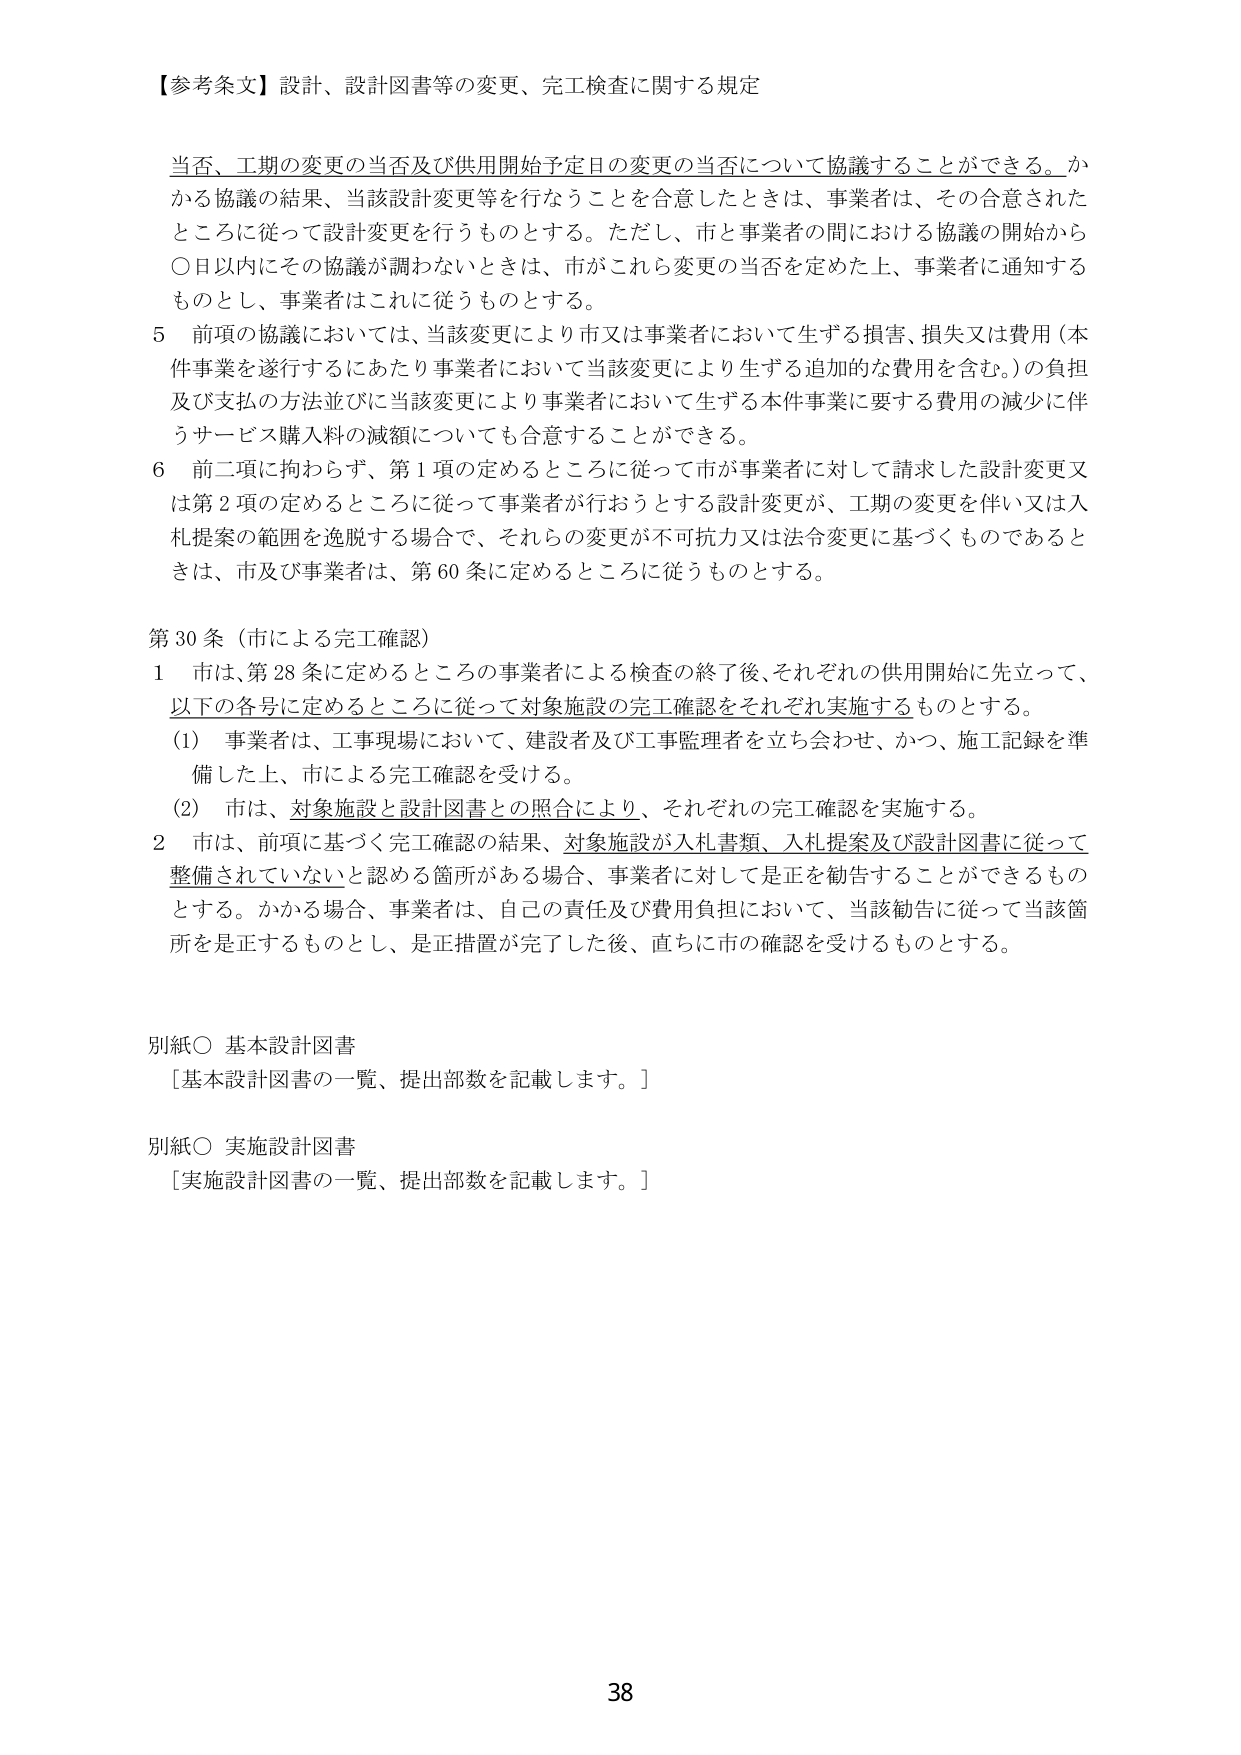
【参考条文】設計、設計図書等の変更、完工検査に関する規定

当否、工期の変更の当否及び供用開始予定日の変更の当否について協議することができる。かかる協議の結果、当該設計変更等を行なうことを合意したときは、事業者は、その合意されたところに従って設計変更を行うものとする。ただし、市と事業者の間における協議の開始から〇日以内にその協議が調わないときは、市がこれら変更の当否を定めた上、事業者に通知するものとし、事業者はこれに従うものとする。

5 前項の協議においては、当該変更により市又は事業者において生ずる損害、損失又は費用（本件事業を遂行するにあたり事業者において当該変更により生ずる追加的な費用を含む。）の負担及び支払の方法並びに当該変更により事業者において生ずる本件事業に要する費用の減少に伴うサービス購入料の減額についても合意することができる。

6 前二項に拘わらず、第1項の定めるところに従って市が事業者に対して請求した設計変更又は第2項の定めるところに従って事業者が行おうとする設計変更が、工期の変更を伴い又は入札提案の範囲を逸脱する場合で、それらの変更が不可抗力又は法令変更に基づくものであるときは、市及び事業者は、第60条に定めるところに従うものとする。

第30条（市による完工確認）

1 市は、第28条に定めるところの事業者による検査の終了後、それぞれの供用開始に先立って、以下の各号に定めるところに従って対象施設の完工確認をそれぞれ実施するものとする。

（1）事業者は、工事現場において、建設者及び工事監理者を立ち会わせ、かつ、施工記録を準備した上、市による完工確認を受ける。

（2）市は、対象施設と設計図書との照合により、それぞれの完工確認を実施する。

2 市は、前項に基づく完工確認の結果、対象施設が入札書類、入札提案及び設計図書に従って整備されていないと認める箇所がある場合、事業者に対して是正を勧告することができるものとする。かかる場合、事業者は、自己の責任及び費用負担において、当該勧告に従って当該箇所を是正するものとし、是正措置が完了した後、直ちに市の確認を受けるものとする。

別紙○ 基本設計図書
［基本設計図書の一覧、提出部数を記載します。］

別紙○ 実施設計図書
［実施設計図書の一覧、提出部数を記載します。］

38